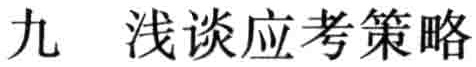
九 浅谈应考策略